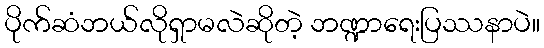
ပိုက်ဆံဘယ်လိုရှာမလဲဆိုတဲ့ ဘဏ္ဍာရေးပြဿနာပဲ။